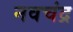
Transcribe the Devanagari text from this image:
नवचंद्र